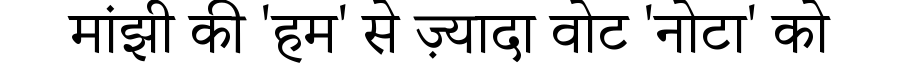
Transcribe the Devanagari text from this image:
मांझी की 'हम' से ज़्यादा वोट 'नोटा' को